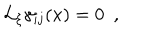
{ \cal L } _ { \xi } \gamma _ { i j } ( x ) = 0 ~ ~ ,